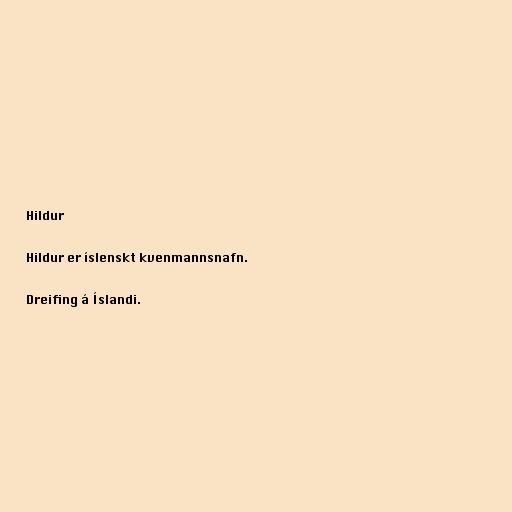
Hildur

Hildur er íslenskt kvenmannsnafn.

Dreifing á Íslandi.